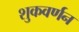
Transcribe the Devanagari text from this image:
शुकवर्णन